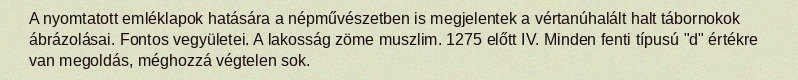
A nyomtatott emléklapok hatására a népművészetben is megjelentek a vértanúhalált halt tábornokok ábrázolásai. Fontos vegyületei. A lakosság zöme muszlim. 1275 előtt IV. Minden fenti típusú "d" értékre van megoldás, méghozzá végtelen sok.